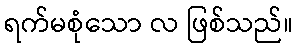
ရက်မစုံသော လ ဖြစ်သည်။